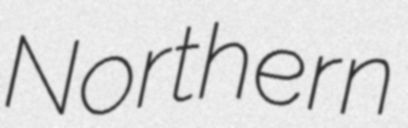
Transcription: Northern